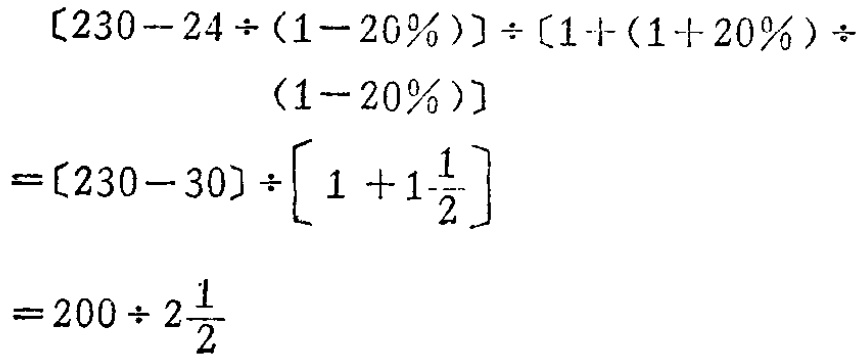
\[

\begin{align*}

&[230 - 24\div(1 - 20\%)]\div[1+(1 + 20\%)\div(1 - 20\%)]\\

=&[230 - 30]\div\left[1 + 1\frac{1}{2}\right]\\

=&200\div 2\frac{1}{2}

\end{align*}

\]